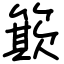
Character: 𥳽